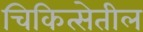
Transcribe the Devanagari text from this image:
चिकित्सेतील